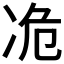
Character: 𫥊